Document type: Sale
Year: 1499
Scribe: Joan Martínez de Sòria
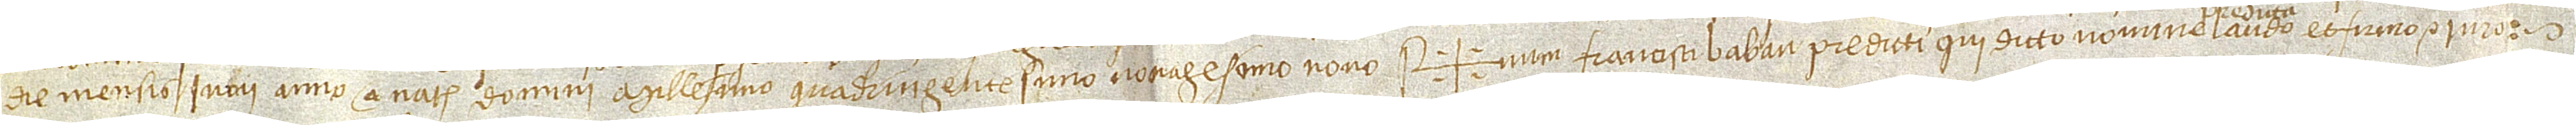
die mensis iunii, anno a Nativitate Domini millesimo quadringentesimo nonagesimo nono. Sig+num Francisci Babau predicti, qui dicto nomine laudo et firmo et iuro.